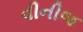
વીનીજ